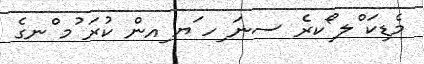
މެޑިކަ ްލ ޯކރެ ސނަ ިހ ަޔ ިއން ކުރަ ުމ ްނގެ